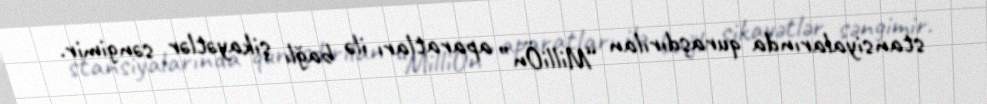
stansiyalarında quraşdırılan “MilliÖn” aparatları ilə bağlı şikayətlər səngimir.